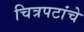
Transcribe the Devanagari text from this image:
चित्रपटांंचे